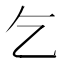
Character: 乞